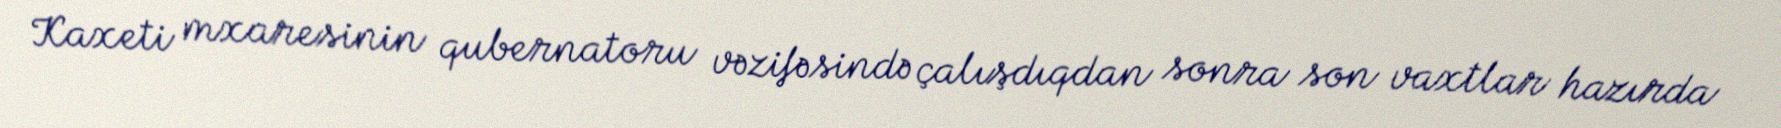
Kaxeti mxaresinin qubernatoru vəzifəsində çalışdıqdan sonra son vaxtlar hazırda